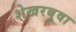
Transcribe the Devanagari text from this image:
शेखरबुवा